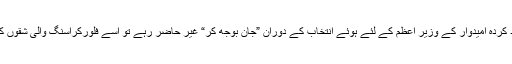
کسی جماعت کے ٹکٹ سے منتخب ہوا رکن اسمبلی اپنے قائد کے نامزد کردہ امیدوار کے وزیر اعظم کے لئے ہوئے انتخاب کے دوران ”جان بوجھ کر“ غیر حاضر رہے تو اسے فلورکراسنگ والی شقوں کے تحت قومی اسمبلی کی رکنیت کے لئے ”نااہل“ قرار دیا جا سکتا ہے۔